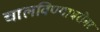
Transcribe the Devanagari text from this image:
चालविण्याबरोबर